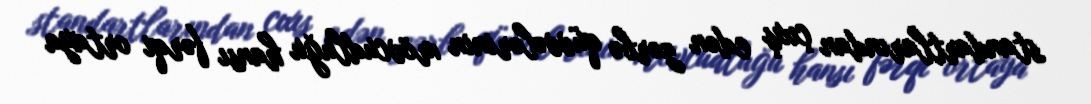
standartlarından çıxış edən zərbə qüvvələrinin mövcudluğu hansı fərqi ortaya